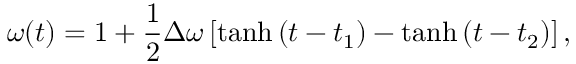
\omega ( t ) = 1 + { \frac { 1 } { 2 } } \Delta \omega \left[ \operatorname { t a n h } { ( t - t _ { 1 } ) } - \operatorname { t a n h } { ( t - t _ { 2 } ) } \right] ,